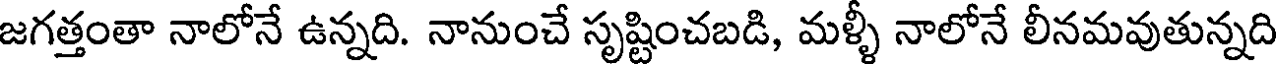
జగత్తంతా నాలోనే ఉన్నది. నానుంచే సృష్టించబడి, మళ్ళీ నాలోనే లీనమవుతున్నది